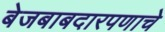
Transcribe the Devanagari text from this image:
बेजबाबदारपणाचे